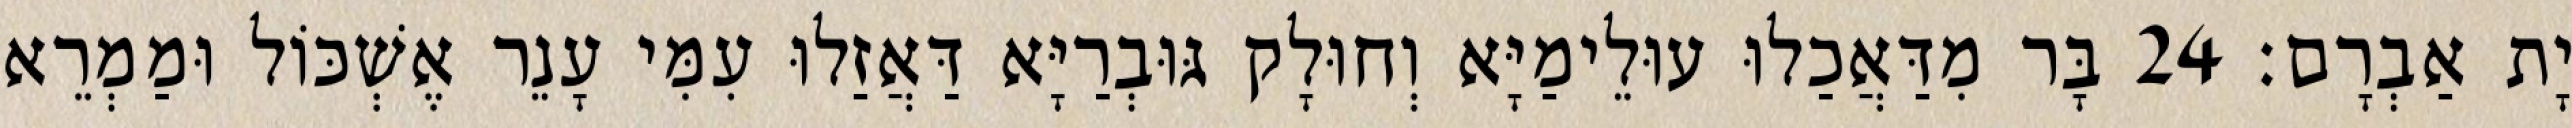
יָת אַבְרָם׃ 24 בָּר מִדַּאֲכַלוּ עוּלֵימַיָּא וְחוּלָק גּוּבְרַיָּא דַּאֲזַלוּ עִמִּי עָנֵר אֶשְׁכּוֹל וּמַמְרֵא